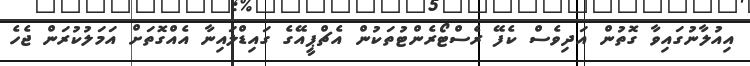
އިއުލާނުގައިވާ ގޮތުން އަދިވެސް ކެފޭ ރެސްޓޯރެންޓުތަކުން އެޗްޕީއޭގެ ގައިޑްލައިނާ އެއްގޮތަށް އަމަލުކުރަން ޖެހެ